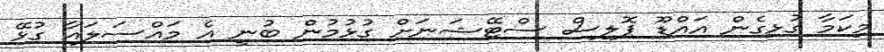
މިކަމާ ގުޅިގެން އައްޑޫ ޕޮލިސް ސްޓޭޝަނަށް ގުޅުމުން ބުނީ އެ މައްސަލައާ ގުޅޭ